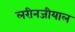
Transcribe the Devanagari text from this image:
लरीनजीयाल